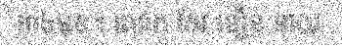
៣៤មុខ។ លោក កែវ ឌឿន នាយ